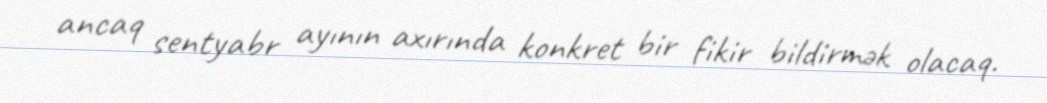
ancaq sentyabr ayının axırında konkret bir fikir bildirmək olacaq.